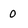
Character: 0